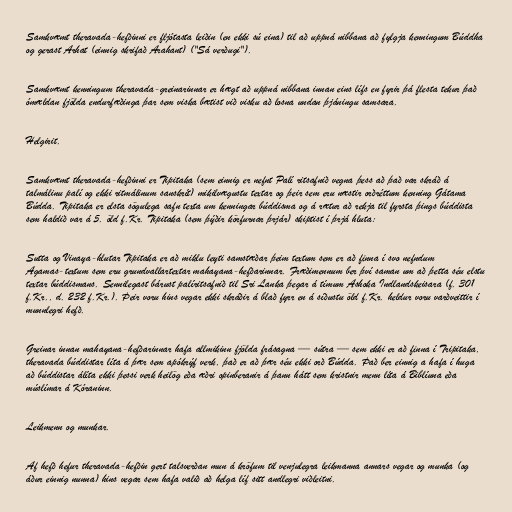
Samkvæmt theravada-hefðinni er fljótasta leiðin (en ekki sú eina) til að uppná nibbana að fylgja kenningum Búddha
og gerast Arhat (einnig skrifað Arahant) ("Sá verðugi").

Samkvæmt kenningum theravada-greinarinnar er hægt að uppná nibbana innan eins lífs en fyrir þá flesta tekur það
ómældan fjölda endurfæðinga þar sem viska bætist við visku að losna undan þjáningu samsara.

Helgirit.

Samkvæmt theravada-hefðinni er Tipitaka (sem einnig er nefnt Palí ritsafnið vegna þess að það var skráð á
talmálinu palí og ekki ritmálinum sanskrít) mikilvægustu textar og þeir sem eru næstir orðréttum kenning Gátama
Búdda. Tipitaka er elsta sögulega safn texta um kenningar búddisma og á rætur að rekja til fyrsta þings búddista
sem haldið var á 5. öld f.Kr. Tipitaka (sem þýðir körfurnar þrjár) skiptist í þrjá hluta:

Sutta og Vinaya-hlutar Tipitaka er að miklu leyti samstæðar þeim textum sem er að finna í svo nefndum
Agamas-textum sem eru grundvallartextar mahayana-hefðarinnar. Fræðimennum ber því saman um að þetta séu elstu
textar búddismans. Sennilegast bárust palíritsafnið til Sri Lanka þegar á tímum Ashoka Indlandskeisara (f. 301
f.Kr., d. 232 f.Kr.). Þeir voru hins vegar ekki skráðir á blað fyrr en á síðustu öld f.Kr. heldur voru varðveittir í
munnlegri hefð.

Greinar innan mahayana-hefðarinnar hafa allmikinn fjölda frásagna — sútra — sem ekki er að finna í Tripitaka,
theravada búddistar líta á þær sem apókrýf verk, það er að þær séu ekki orð Búdda. Það ber einnig a hafa í huga
að búddistar álíta ekki þessi verk heilög eða æðri opinberanir á þann hátt sem kristnir menn líta á Biblíuna eða
múslímar á Kóraninn.

Leikmenn og munkar.

Af hefð hefur theravada-hefðin gert talsverðan mun á kröfum til venjulegra leikmanna annars vegar og munka (og
áður einnig nunna) hins vegar sem hafa valið að helga líf sitt andlegri viðleitni.